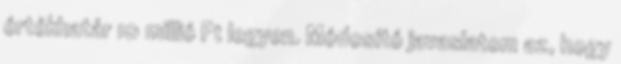
értékhatár 10 millió Ft legyen. Módosító javaslatom az, hogy